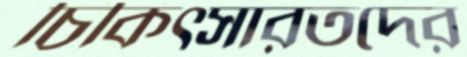
চিকিৎসারতদের